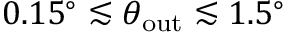
0 . 1 5 ^ { \circ } \lesssim \theta _ { \mathrm { o u t } } \lesssim 1 . 5 ^ { \circ }